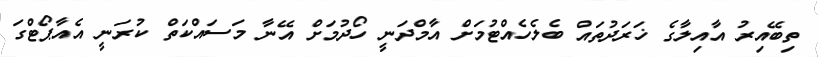
ތިބޭއިރު އާއިލާގެ ޚަރަދުތައް ބެލެހެއްޓުމަށް އާމްދަނީ ހޯދުމަށް އޭނާ މަސައްކަތް ކުރަނީ އެއާޕޯޓްގަ